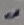
Text: -